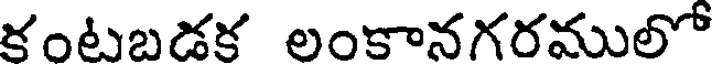
కంటబడక లంకానగరములో